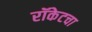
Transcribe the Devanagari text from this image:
रॉकेटचा